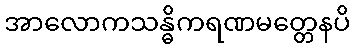
အာလောကသန္ဓိကရဏမတ္တေနပိ